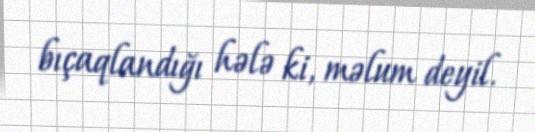
bıçaqlandığı hələ ki, məlum deyil.